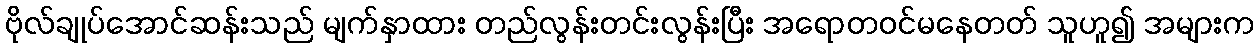
ဗိုလ်ချုပ်အောင်ဆန်းသည် မျက်နှာထား တည်လွန်းတင်းလွန်းပြီး အရောတဝင်မနေတတ် သူဟူ၍ အများက